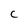
Character: C